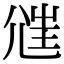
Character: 𡯲